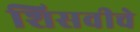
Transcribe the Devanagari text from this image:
शिसवीचे